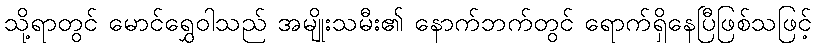
သို့ရာတွင် မောင်ရွှေဝါသည် အမျိုးသမီး၏ နောက်ဘက်တွင် ရောက်ရှိနေပြီဖြစ်သဖြင့်